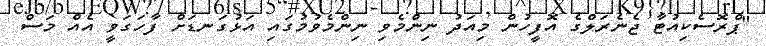
"ޕްރޮސެކިއުޓާ ޖެނެރަލްގެ އޮފީހުން މިއަދު ނިންމެވި ނިންމެވުމުގައި އަޅުގަނޑަށް ފާހަގަވީ އެއް މަސް